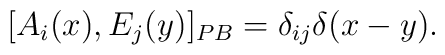
[A_i(x),E_j(y)]_{PB}= \delta_{ij}\delta(x-y).